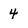
Character: 4